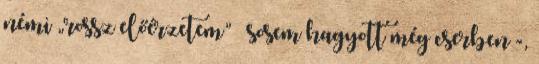
némi „rossz előérzetem” – sosem ha­gyott még cserben -,